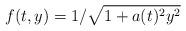
LaTeX: \begin{align*}f(t,y)=1/\sqrt{1+a(t)^2y^2}\end{align*}